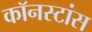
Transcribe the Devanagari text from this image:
कॉनस्टांस